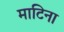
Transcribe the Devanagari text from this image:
माटिना